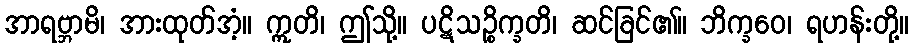
အာရဗ္ဘာမိ၊ အားထုတ်အံ့။ ဣတိ၊ ဤသို့။ ပဋိသဉ္စိက္ခတိ၊ ဆင်ခြင်၏။ ဘိက္ခဝေ၊ ရဟန်းတို့။